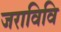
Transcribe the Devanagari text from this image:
जराविवि